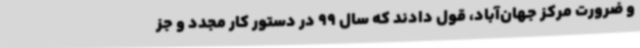
و ضرورت مرکز جهان‌آباد، قول دادند که سال 99 در دستور کار مجدد و جز